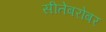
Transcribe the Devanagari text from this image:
सीतेबरोबर